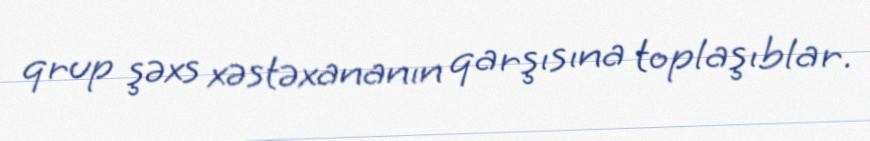
qrup şəxs xəstəxananın qarşısına toplaşıblar.